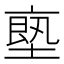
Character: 𠅴